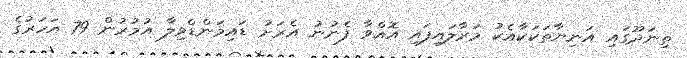
ތިނަދޫގައި އަނިޔާތަކަކާއެކު މަރާލައިފައި އޮއްވާ ފެނުނު އެރަށު ޑައިމަންޑްވިލާ އުމުރުން 79 އަހަރުގެ